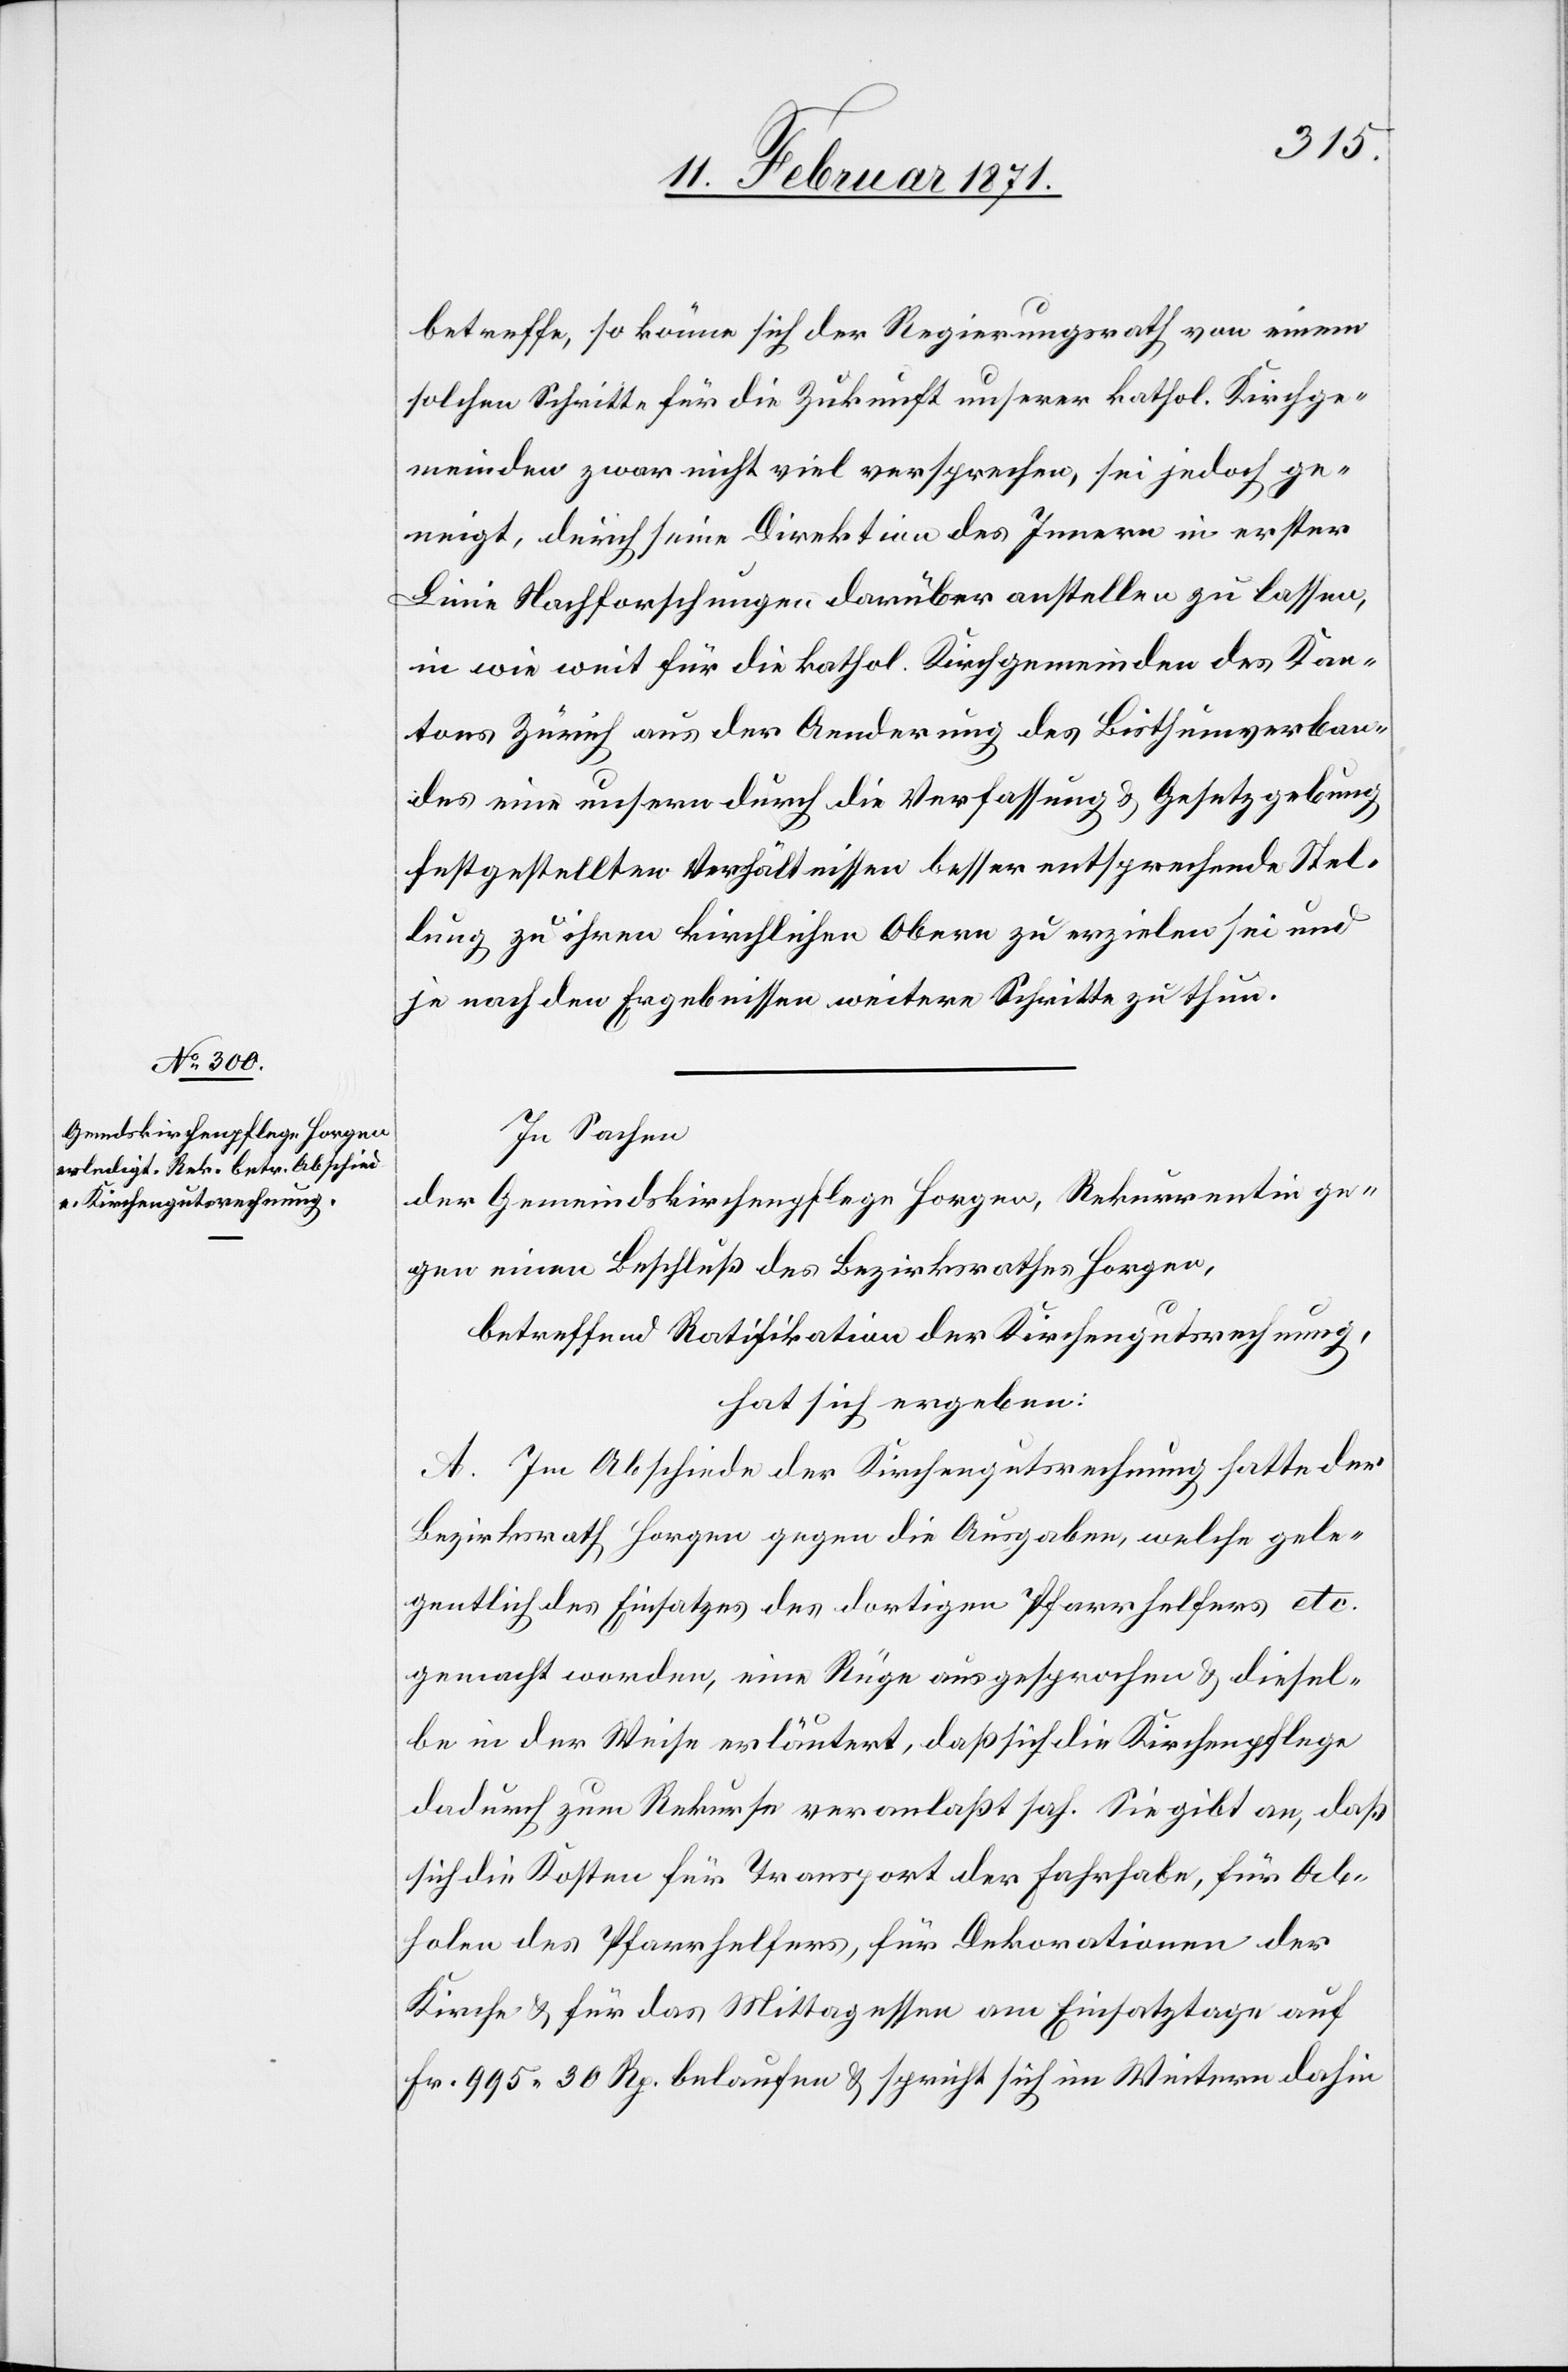
betreffe, so könne sich der Regierungsrath von einem
solchen Schritte für die Zukunft unserer kathol. Kirchge¬
meinden zwar nicht viel versprechen, sei jedoch ge¬
neigt, durch seine Direktion des Innern in erster
Linie Nachforschungen darüber aufstellen zu lassen,
in wie weit für die kathol. Kirchgemeinden des Kan¬
tons Zürich aus der Aenderung des Bisthumverban¬
des eine unsere durch die Verfassung u. Gesetzgebung
festgestellten Verhältnissen besser entsprechende Stel¬
lung zu ihren kirchlichen Obern zu erzielen sei und
je nach den Ergebnissen weitere Schritte zu thun.
In Sachen
der Gemeindskirchenpflege Horgen, Rekurrenten ge¬
gen einen Beschluß des Bezirksrathes Horgen,
betreffend Ratifikation der Kirchengutsrechnung,
hat sich ergeben:
A. Im Abschiede der Kirchengutsrechnung hatte der
Bezirksrath Horgen gegen die Ausgaben, welche gele¬
gentlich des Einsatzes des dortigen Pfarrhelfers etc.
gemacht worden, eine Rüge ausgesprochen u. diesel¬
be in der Weise erläutert, daß sich die Kirchenpflege
dadurch zum Rekurse veranlaßt sah. Sie gibt an, daß
sich die Kosten für Transport der Fahrhabe, für Ab¬
holen des Pfarrhelfers, für Dekorationen der
Kirche u. für das Mittagessen am Einsatztage auf
Fr. 995.30 Rp. belaufen u. spricht sich im Weitern dahin-